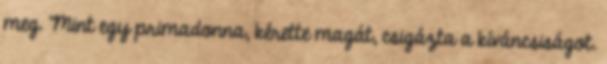
meg. Mint egy primadonna, kérette magát, csigázta a kíváncsiságot.